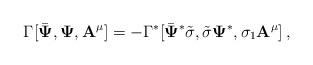
LaTeX: \begin{align*}\Gamma[ \bar{{\bf \Psi}} , {\bf \Psi}, {\bf A^\mu} ] = - \Gamma^*[ \bar{{\bf \Psi}}^* \tilde{\sigma} , \tilde{\sigma} {\bf \Psi}^*,\sigma_1 {\bf A^\mu}] \, ,\end{align*}